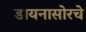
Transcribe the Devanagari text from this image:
डायनासोरचे